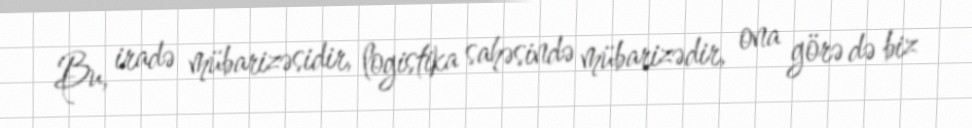
Bu, iradə mübarizəsidir, logistika sahəsində mübarizədir, ona görə də biz